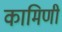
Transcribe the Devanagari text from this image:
कामिणी